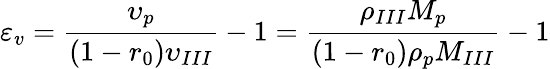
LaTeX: \varepsilon_{v}=\frac{\upsilon_{p}}{(1-r_{0})\upsilon_{III}}-1=\frac{\rho_{III}M_{p}}{(1-r_{0})\rho_{p}M_{III}}-1